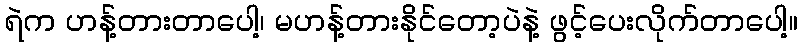
ရဲက ဟန့်တားတာပေါ့၊ မဟန့်တားနိုင်တော့ပဲနဲ့ ဖွင့်ပေးလိုက်တာပေါ့။